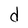
Character: d